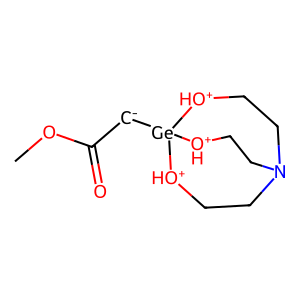
SMILES: COC(=O)[CH-][Ge]12[OH+]CCN(CC[OH+]1)CC[OH+]2
Inhibits HIV replication: No